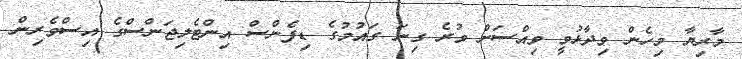
މާރިޔާ މިހެން ވިދާޅުވީ ވިއްސަށް ވުރެ ގިނަ ގައުމުގެ ޑިފެންސް އިންޓެލިޖަންސްގެ އިސްވެރިން